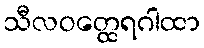
သီလဝတ္ထေရဂါထာ